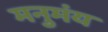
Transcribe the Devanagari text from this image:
मनुमंय